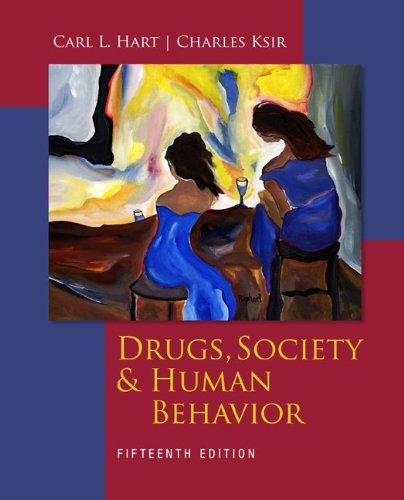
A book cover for Drugs, Society, and Human Behavior; Carl Hart; Medical Books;